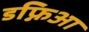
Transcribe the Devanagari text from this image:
डफ्निआ